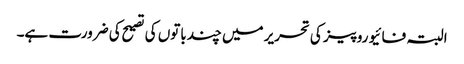
البتہ فائیو روپیز کی تحریر میں چند باتوں کی تصیح کی ضرورت ہے۔